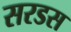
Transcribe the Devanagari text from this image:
सरडस